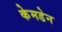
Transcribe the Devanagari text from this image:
केमडेन